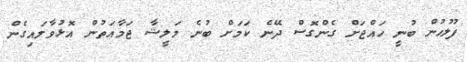
ފުލުހުން ބުނީ ހައްޖަށް ގެންގޮސް ދޭނެ ކަމަށް ބުނެ މަލީޝާ ޖަމާއަތުން އޮޅުވާލައިގެން